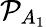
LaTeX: \mathcal{P}_{A_{1}}